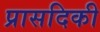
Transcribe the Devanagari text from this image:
प्रासदिकी